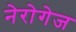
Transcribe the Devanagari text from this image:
नेरोगेज